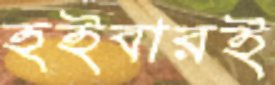
হইবারই